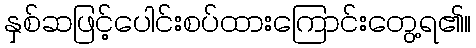
နှစ်ဆဖြင့်ပေါင်းစပ်ထားကြောင်းတွေ့ရ၏။